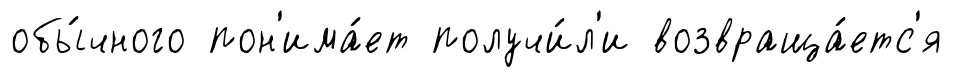
обы́чного пон'има́ет получи́л'и возвраща́етс'я